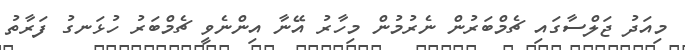
މިއަދު ޖަލްސާގައި ޗެމްބަރުން ނެރުމުން މިހާރު އޭނާ އިންނެވީ ޗެމްބަރު ހުޅަނގު ފަރާތު